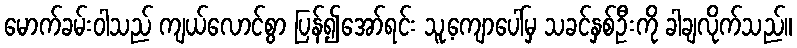
မောက်ခမ်းဝါသည် ကျယ်လောင်စွာ ပြန်၍အော်ရင်း သူ့ကျောပေါ်မှ သခင်နှစ်ဦးကို ခါချလိုက်သည်။